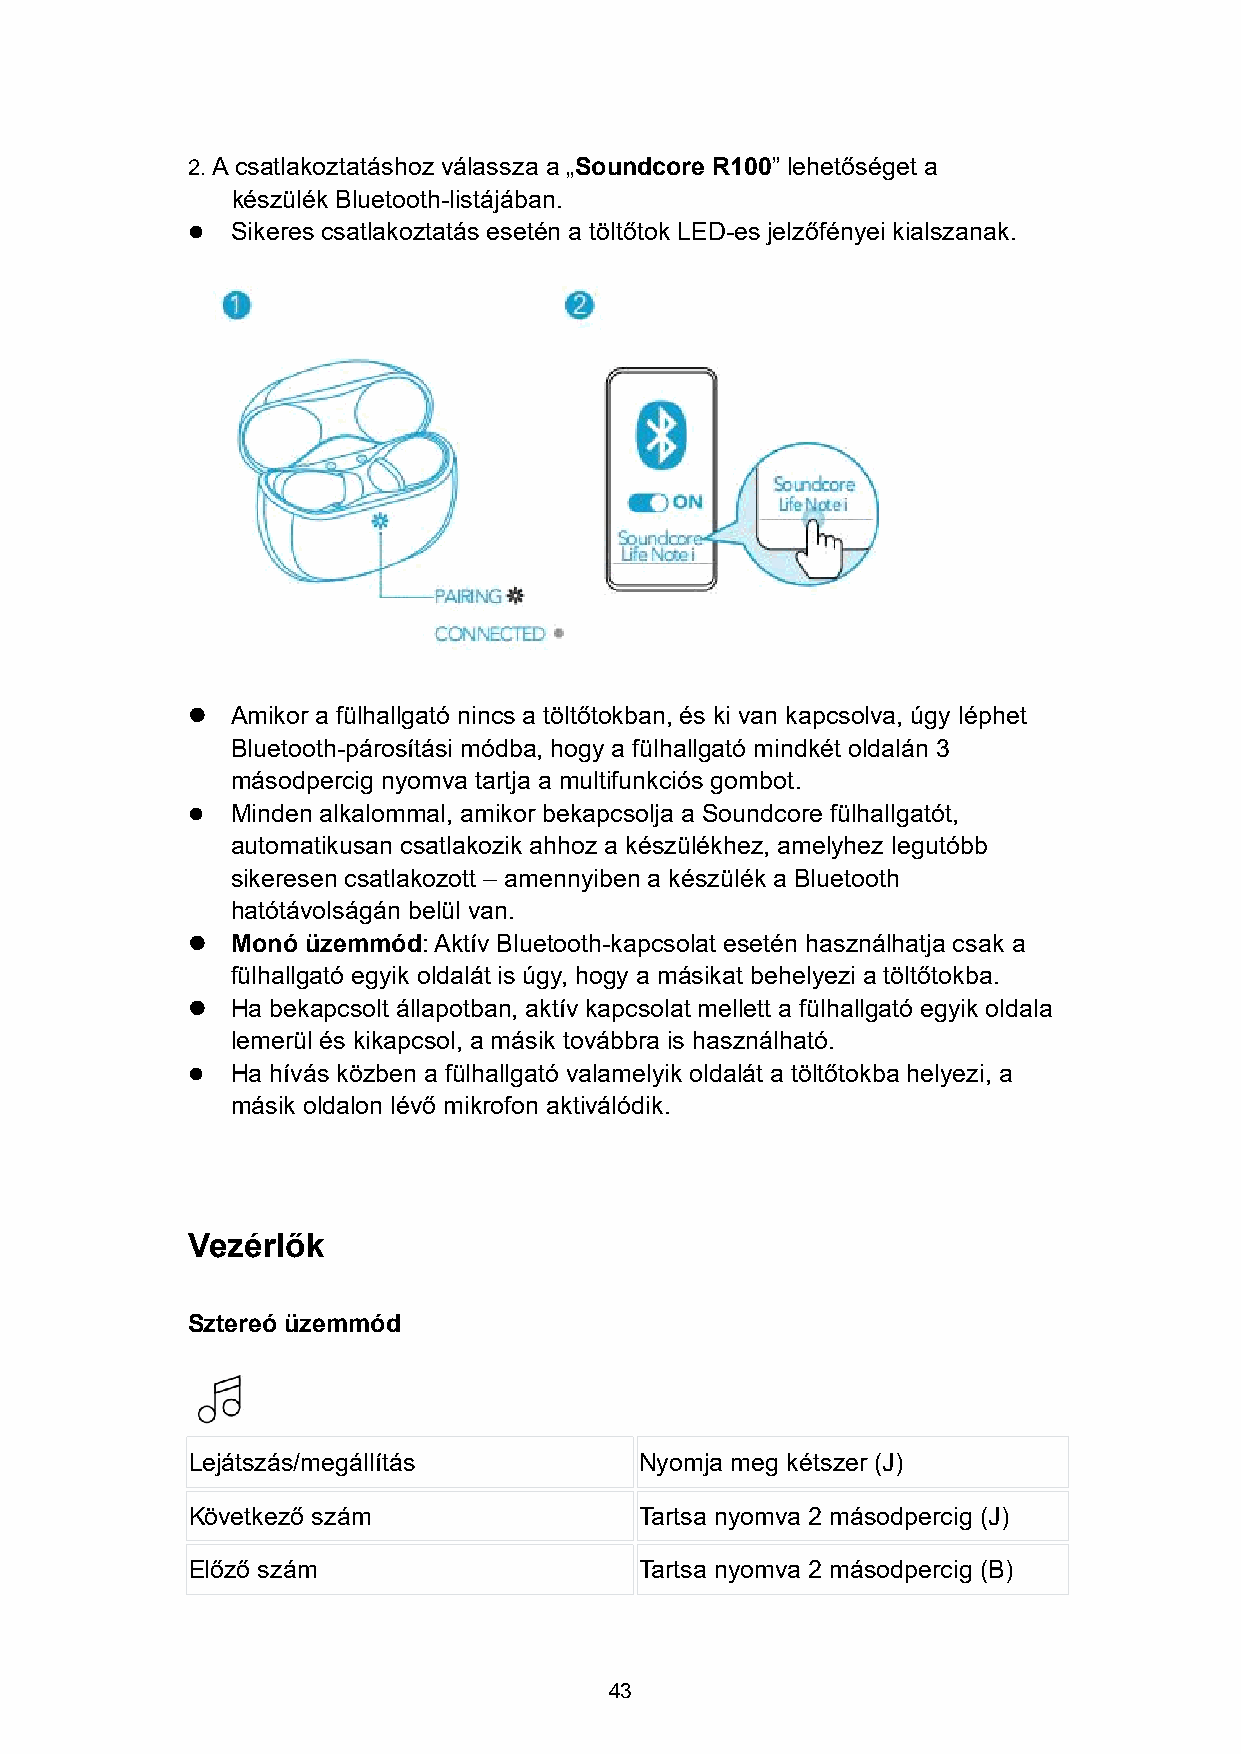
2. A csatlakoztatáshoz válassza a „Soundcore R100” lehetőséget a
 készülék Bluetooth-listájában.
   Sikeres csatlakoztatás esetén a töltőtok LED-es jelzőfényei kialszanak.
   Amikor a fülhallgató nincs a töltőtokban, és ki van kapcsolva, úgy léphet
 Bluetooth-párosítási módba, hogy a fülhallgató mindkét oldalán 3
 másodpercig nyomva tartja a multifunkciós gombot.
   Minden alkalommal, amikor bekapcsolja a Soundcore fülhallgatót,
 automatikusan csatlakozik ahhoz a készülékhez, amelyhez legutóbb
 sikeresen csatlakozott – amennyiben a készülék a Bluetooth
 hatótávolságán belül van.
   Monó üzemmód:Aktív Bluetooth-kapcsolat esetén használhatja csak a
 fülhallgató egyik oldalát is úgy, hogy a másikat behelyezi a töltőtokba.
   Ha bekapcsolt állapotban, aktív kapcsolat mellett a fülhallgató egyik oldala
 lemerül és kikapcsol, a másik továbbra is használható.
   Ha hívás közben a fülhallgató valamelyik oldalát a töltőtokba helyezi, a
 másik oldalon lévő mikrofon aktiválódik.
 Vezérlők
 Sztereó üzemmód
 Lejátszás/megállítás          Nyomja meg kétszer (J)
 Következő szám                Tartsa nyomva 2 másodpercig (J)
 Előző szám                    Tartsa nyomva 2 másodpercig (B)
 43